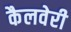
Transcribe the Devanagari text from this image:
कैलवेरी